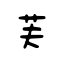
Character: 芙